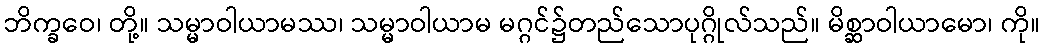
ဘိက္ခဝေ၊ တို့။ သမ္မာဝါယာမဿ၊ သမ္မာဝါယာမ မဂ္ဂင်၌တည်သောပုဂ္ဂိုလ်သည်။ မိစ္ဆာဝါယာမော၊ ကို။